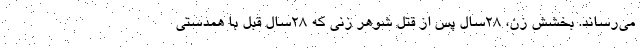
می‌رساند. بخشش زن، ۲۸سال پس از قتل شوهر زنی که 28سال قبل با همدستی